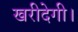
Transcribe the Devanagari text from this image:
खरीदेगी।